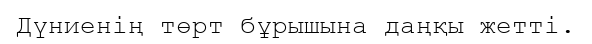
Дүниенің төрт бұрышына даңқы жетті.